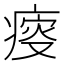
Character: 𤸃